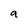
Character: 9